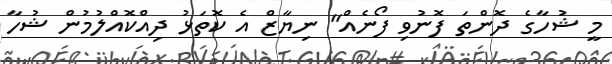
މީ ޝުހާގެ ދޮންތަ ފޮނުވި ފޯނެއް" ނިޔާޒް އެ ކޮތަޅު ދިއްކޮއްލުމުން ޝުހާ